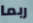
ربما